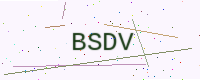
Text: BSDV